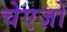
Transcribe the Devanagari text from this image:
चेएज़ों